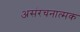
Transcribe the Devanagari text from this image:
असंरचनात्मक